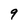
Character: 9